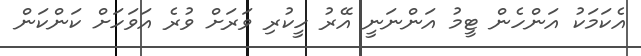
އެކަމަކު އަންހެން ޓީމު އަންނަނީ އޭރު ހީކުރި ވަރަށް ވުރެ އަވަހަށް ކަންކަން